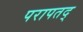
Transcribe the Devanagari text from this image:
परापतद्